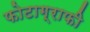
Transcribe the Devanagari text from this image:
फोटाग्राफी